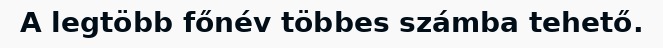
A legtöbb főnév többes számba tehető.